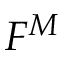
F ^ { M }